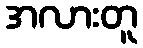
အလားတူ